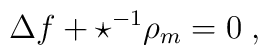
\Delta f +\star^{-1}\rho_m=0\;,